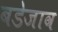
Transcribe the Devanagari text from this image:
बडेजाव